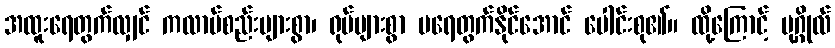
အထူးရေတွက်လျှင် ကလာပ်စည်းများစွာ၊ ရုပ်များစွာ မရေတွက်နိုင်အောင် ပေါင်းစု၏။ ထို့ကြောင့် ပုဂ္ဂိုလ်